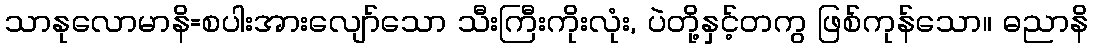
သာနုလောမာနိ=စပါးအားလျော်သော သီးကြီးကိုးလုံး, ပဲတို့နှင့်တကွ ဖြစ်ကုန်သော။ ဓညာနိ